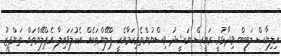
އިލިޔާސް ލަބީބް ވިދާޅުވީ ރައީސް ނަޝީދު ވިސްނުންތެރިކަމާއެކީ ޕްލޭންތަކެއް އެކުލަވައިލާ އެޕްލޭންތައް ތަންފީޒު